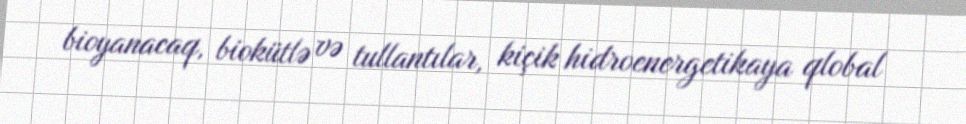
bioyanacaq, biokütlə və tullantılar, kiçik hidroenergetikaya qlobal